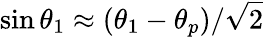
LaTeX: \sin\theta_{1}\approx(\theta_{1}-\theta_{p})/\sqrt{2}